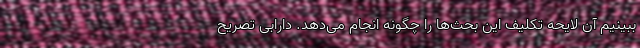
ببینیم آن لایحه تکلیف این بحث‌ها را چگونه انجام می‌دهد. دارابی تصریح